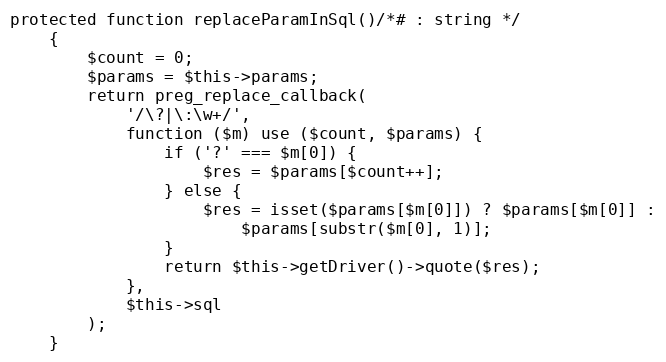
Language: PHP
protected function replaceParamInSql()/*# : string */
    {
        $count = 0;
        $params = $this->params;
        return preg_replace_callback(
            '/\?|\:\w+/',
            function ($m) use ($count, $params) {
                if ('?' === $m[0]) {
                    $res = $params[$count++];
                } else {
                    $res = isset($params[$m[0]]) ? $params[$m[0]] :
                        $params[substr($m[0], 1)];
                }
                return $this->getDriver()->quote($res);
            },
            $this->sql
        );
    }